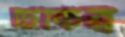
টিকির